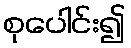
စုပေါင်း၍